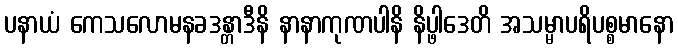
ပနာယံ ကေသလောမနခဒန္တာဒီနိ နာနာကုဏပါနိ နိပ္ဖါဒေတိ အသမ္မာပရိပစ္စမာနော